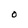
Character: O